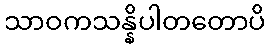
သာဝကသန္နိပါတတောပိ